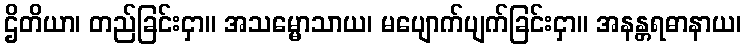
ဌိတိယာ၊ တည်ခြင်းငှာ။ အသမ္မောသာယ၊ မပျောက်ပျက်ခြင်းငှာ။ အနန္တရဓာနာယ၊